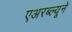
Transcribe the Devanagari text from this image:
एअरब्ल्यूने